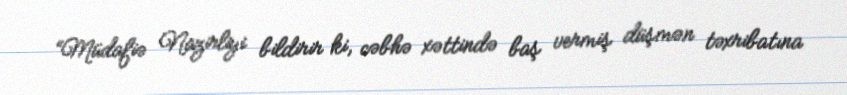
“Müdafiə Nazirliyi bildirir ki, cəbhə xəttində baş vermiş düşmən təxribatına